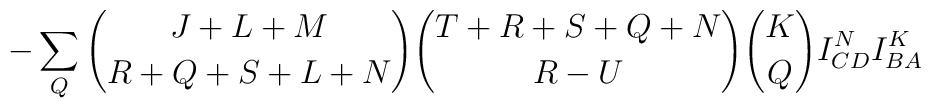
-\sum_Q{{J+L+M}\choose {R+Q+S+L+N}}{{T+R+S+Q+N}\choose {R-U}}{K \choose Q}I^N_{CD}I^K_{BA}